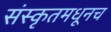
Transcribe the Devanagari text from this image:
संस्कृतमधूनच